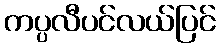
ကပ္ပလီပင်လယ်ပြင်